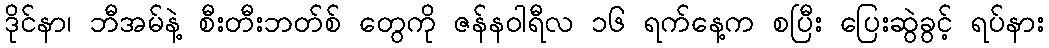
ဒိုင်နာ၊ ဘီအမ်နဲ့ စီးတီးဘတ်စ် တွေကို ဇန်နဝါရီလ ၁၆ ရက်နေ့က စပြီး ပြေးဆွဲခွင့် ရပ်နား